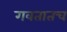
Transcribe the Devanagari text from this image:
गवतातच